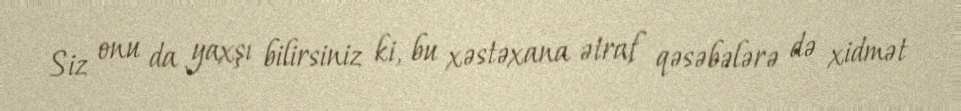
Siz onu da yaxşı bilirsiniz ki, bu xəstəxana ətraf qəsəbələrə də xidmət